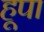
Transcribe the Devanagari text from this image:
हूपा